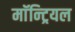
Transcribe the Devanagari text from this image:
माॅन्ट्रियल